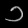
Digit: ၁